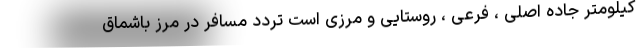
کیلومتر جاده اصلی ، فرعی ، روستایی و مرزی است تردد مسافر در مرز باشماق